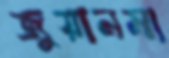
জুয়ানমা